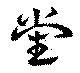
黨